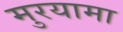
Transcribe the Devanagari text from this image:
मुरयामा